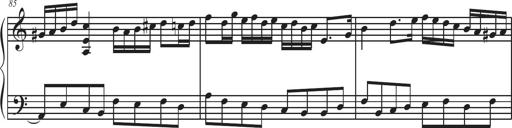
Title: Sonatina Espania
Composer: Jerald Franklin Archer
Key: Various